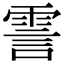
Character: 霅